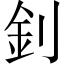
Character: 釗